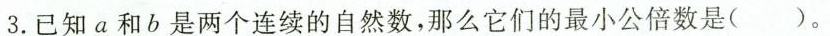
3.已知a和b是两个连续的自然数，那么它们的最小公倍数是( )。